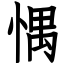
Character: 㥥